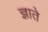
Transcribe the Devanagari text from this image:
ज्ञाते